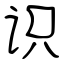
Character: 识